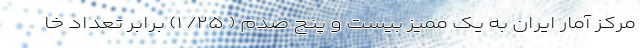
مرکز آمار ایران به یک ممیز بیست و پنج صدم ( ۲۵/ ۱) برابر تعداد خا